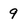
Character: 9